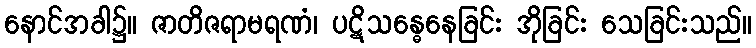
နောင်အခါ၌။ ဇာတိဇရာမရဏံ၊ ပဋိသန္ဓေနေခြင်း အိုခြင်း သေခြင်းသည်။